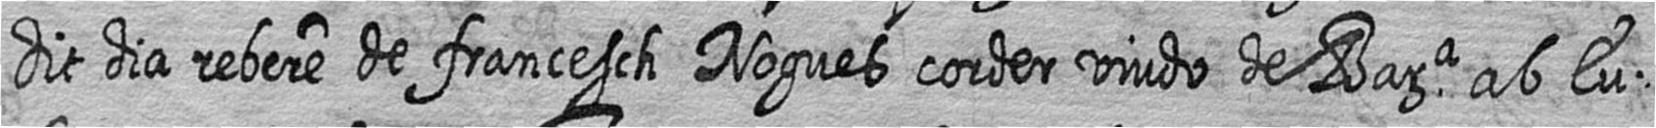
dit dia rebere de francesch Nogues corder viudo de Bara ab Eu=